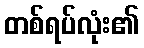
တစ်ရပ်လုံး၏